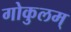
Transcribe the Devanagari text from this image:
गोकुलम्